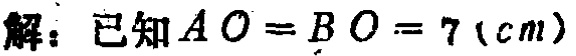
解：已知\(AO = BO = 7(cm)\)